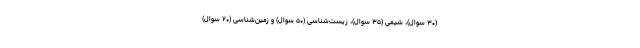
(۳۰ سوال)، شیمی (۳۵ سوال)، زیست‌شناسی (۵۰ سوال) و زمین‌شناسی (۲۰ سوال)